Vital statistics of India. Vol. IV, Annual returns from 1871 to 1876. British Army of India, Native Army and jails of Bengal
Year: 1871
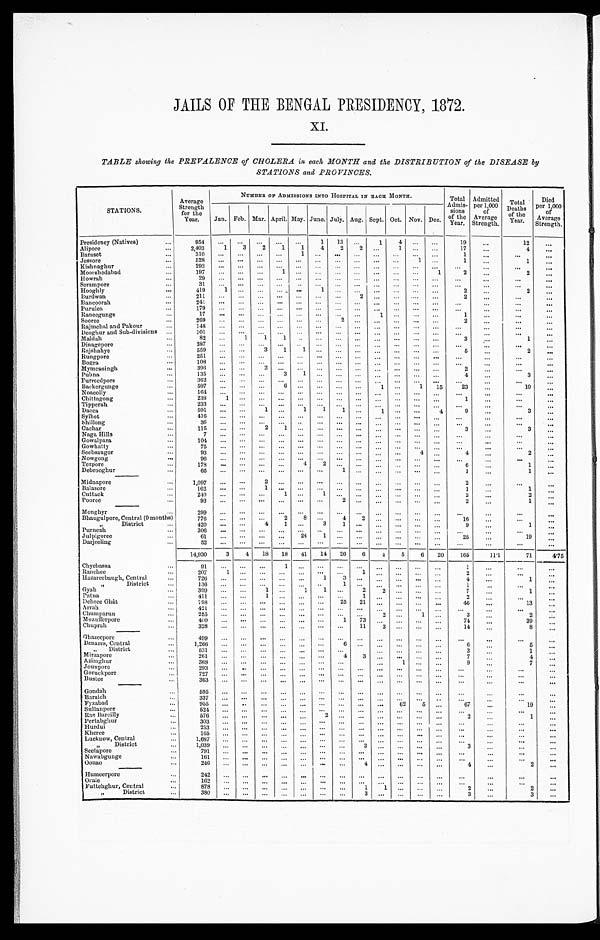
JAILS OF THE BENGAL PRESIDENCY, 1872.
XI.
TABLE showing the PREVALENCE of CHOLERA in each MONTH and the DISTRIBUTION of the DISEASE by
STATIONS and PROVINCES.
STATIONS.
Average
Strength
for the
Year.
NUMBER OF ADMISSIONS INTO HOSPITAL IN BACH MONTH.
Total
Admis-
sions
of the
Year.
Admitted
per 1,000
of
Average
Strength.
Total
Deaths
of the
Year.
Died
per 1,000
of
Average
Strength.
Jan. Feb. Mar. April. May. June. July. Aug. Sept. Oct. Nov. Dec.
Presidency (Natives) . . .
954
. . .
. . .
. . .
. . .
. . .
1 13
. . .
1
4
. . .
. . .
19
. . .
12
. . .
Alipore . . .
2,403
1
3
2
1
1
4
2
2 . . .
1 . . .
. . .
17
. . .
4
. . .
Baraset . . .
3 1 0
. . .
. . .
. . .
. . .
1
. . .
. . .
. . .
. . .
. . .
. . .
. . .
1
. . .
. . .
. . .
Jessore . . .
5 2 8
. . .
. . .
. . .
. . .
. . .
. . .
. . . . . .
. . .
. . .
1
. . .
1
. . .
1
. . .
Kishnaghur . . .
293
. . .
. . .
. . .
. . .
. . .
. . .
. . . . . .
. . .
. . .
. . .
. . .
. . .
. . .
. . .
. . .
Moorshedabad . . .
197
. . .
. . .
. . .
1
. . .
. . .
. . . . . .
. . .
. . .
. . .
1
2
. . .
2
. . .
Howrah . . .
29
. . .
. . .
. . .
. . .
. . .
. . .
. . . . . .
. . .
. . . . . .
. . .
. . .
. . .
. . .
. . .
Serampore . . .
3 1
. . .
. . .
. . .
. . . . . .
. . .
. . .
. . .
. . .
. . .
. . .
. . .
. . .
. . .
. . .
. . .
Hooghly . . .
419
1
. . .
. . .
. . .
. . .
1
. . . . . .
. . .
. . . . . .
. . .
2
. . .
2
. . .
Burdwan . . .
211
. . .. . .
. . .
. . .
. . .
. . .
. . . 2
. . .
. . . . . .
. . .
2
. . .
. . .
. . .
Bancoorah . . .
241
. . .. . .
. . .
. . .
. . .
. . .
. . . . . .
. . .
. . . . . .
. . .
. . .
. . .
. . .
. . .
Purulea . . .
1 7 9 . . .. . .
. . .
. . .
. . .
. . .
. . . . . .
. . .
. . . . . .
. . .
. . .
. . .
. . .
. . .
Raneegunge . . .
17
. . .. . .
. . .
. . .
. . .
. . .
. . .
. . .
1
. . . . . .
. . .
1
. . .
. . .
. . .
Sooree . . .
269
. . .. . .
. . .
. . .
. . .
. . .
2
. . .
. . .
. . .
. . .
. . .
2
. . .. . .
. . .
Rajmehal and Pakour . . .
1 4 8 . . .. . .
. . .
. . .
. . .
. . .
. . .. . .
. . .
. . . . . .
. . .
. . .
. . .
. . .
. . .
Deoghur and Sub-divisions . . .
101
. . .. . .
. . .
. . .
. . .
. . .
. . .. . .
. . .
. . . . . .
. . . . . .
. . .
. . .
. . .
M aldah . . .
82
. . .
1
1
1
. . .
. . . . . .
. . .
. . .
. . .
. . .
. . .
3
. . .
1
. . .
Dinagepore . . .
387
. . .
. . .
. . .
. . .
. . .
. . .
. . .
. . .
. . .
. . .
. . .
. . .
. . .
. . .
. . .
. . .
Rajshahye . . .
559
. . .
. . .
3
1
1
. . .
. . . . . .
. . .
. . . . . .
. . .
5
. . .
2
. . .
Rungpore . . .
251
. . .
. . .
. . .
. . .
. . .
. . .
. . . . . .
. . .
. . . . . .
. . .
. . .
. . .
. . .
. . .
B o gra . . .
108
. . .
. . .
. . .
. . .
. . .
. . .
. . . . . .
. . .
. . . . . .
. . .
. . .
. . .
. . .
. . .
Mymensingh . . .
396
. . .
. . .
2
. . .
. . .
. . .
. . . . . .
. . .
. . . . . .
. . .
2
. . .
. . .
. . .
Pubna . . .
135
. . .
. . .
. . .
3
1
. . .
. . . . . .
. . .
. . . . . .
. . .
4
. . .
3
. . .
Furreedpor . . .
362
. . .
. . .
. . .
. . .
. . .
. . .
. . . . . .
. . .
. . . . . .
. . .
. . .
. . .
. . .
. . .
Backergunge . . .
597
. . .
. . .
. . .
6
. . .
. . .
. . . . . .
1
. . .
1
15
23
. . .
10
. . .
Noacolly . . .
164
. . .
. . .
. . .
. . .
. . .
. . .
. . . . . .
. . .
. . .
. . .
. . .
. . .
. . .
. . .
. . .
Chittagong . . .
238
1
. . .
. . .
. . .
. . .
. . .
. . . . . .
. . .
. . .
. . .
. . .
1
. . .
. . .
. . .
Tipperah . . .
233
. . .
. . .
. . .
. . .
. . .
. . .
. . . . . .
. . .
. . .
. . .
. . .
. . .
. . .
. . .
. . .
Dacca . . .
591
. . .
. . .
1
. . .
1
1
1
. . . 1
. . .
. . .
4
9
. . .
3
. . .
Sylhet . . .
4 1 6
. . .
. . .
. . .
. . .
. . .
. . .
. . .. . .
. . .
. . .
. . .
. . .
. . .
. . .
. . .
. . .
Sh il long . . .
36
. . .
. . .
. . .
. . .
. . . . . .
. . .
. . .
. . .
. . .
. . .
. . .
. . .
. . .
. . .
. . .
C achar . . .
115
. . .
. . .
2
1
. . .
. . .
. . .
. . .
. . .
. . .
. . .
. . .
3
. . .
3
. . .
Naga Hills . . .
7
. . .
. . .
. . .
. . .
. . .
. . .
. . . . . .
. . .
. . . . . .
. . .
. . .
. . .
. . .
. . .
Gowalpara . . .
104
. . .
. . .
. . .
. . .
. . .
. . .
. . .
. . .
. . .
. . .
. . .
. . .
. . .
. . .
. . .
. . .
G owhatty . . .
75
. . .
. . .
. . .
. . .
. . .
. . .
. . . . . .
. . .
. . . . . .
. . .
. . .
. . .
. . .
. . .
Seebsaugor . . .
93
. . .
. . .
. . .
. . .
. . .
. . .
. . . . . .
. . .
. . .
4
. . .
4
. . .
2
. . .
Nowgong . . .
96
. . .
. . .
. . .
. . .
. . .
. . .
. . . . . .
. . .
. . .
. . .
. . .
. . .
. . .
. . .
. . .
Tezpore . . .
178
. . .
. . .
. . .
. . .
4
2
. . . . . .
. . .
. . .
. . .
. . .
6
. . .
1
. . .
Debrooghur . . .
65
. . .
. . .
. . .
. . .
. . .
. . .
1 . . .
. . .
. . . . . .
. . .
1
. . .
1
. . .
Midnapore . . .
1,097
. . .
. . .
2
. . .
. . .
. . .
. . . . . .
. . .
. . . . . .
. . .
2
. . .
. . .
. . .
Balasore . . .
162
. . .
. . .
1
. . .
. . .
. . .
. . . . . .
. . .
. . . . . .
. . .
1
. . .
1
. . .
Cuttack . . .
240
. . .
. . .
. . .
1
. . .
1
. . . . . .
. . .
. . . . . .
. . .
2
. . .
2
. . .
Pooree . . .
93
. . .
. . .
. . .
. . .
. . .
. . .
2 . . .
. . .
. . . . . .
. . .
2
. . .
1
. . .
Monghyr . . .
299
. . .
. . .
. . .
. . .
. . .
. . .
. . . . . .
. . .
. . . . . .
. . . . . .
. . .
. . .
. . .
Bhaugulpore, Central (9 months) 776
. . .
. . .
. . .
2
8
. . .
4 2
. . .
. . . . . .
. . .
16
. . .
. . .
. . .
" District . . .
4 2 0
. . .
. . .
4
1
. . .
3
1 . . .
. . .
. . . . . .
. . .
9
. . .
1
. . .
P urneah . . .
306
. . .
. . .
. . .
. . .
. . .
. . .
. . .. . .
. . .
. . . . . .
. . .
. . .
. . .
. . .
. . .
Julpigoree . . .
61
. . .
. . .
. . .
. . .
24
1
. . .
. . . . . .
. . .
. . .
. . .
25
. . .
19
. . .
Darjeeling . . .
52
. . .
. . .
. . .
. . .
. . .
. . .
. . .. . .
. . .
. . . . . .
. . .
. . .
. . .
. . .
. . .
14,930
3
4
18
18
41
14
26
6
4
5
6
20
165
11.1
71
4.75
Chyebassa . . .
9 1
. . .
. . .
. . .
1
. . .
. . .
. . .
. . .
. . .
. . .. . .
. . .
1
. . .
. . .
. . .
Ranchee . . .
207
1
. . .
. . .
. . .
. . .
. . .
. . .
1
. . .
. . .. . .
. . .
2
. . .
. . .
. . .
Hazareebaugh, Central . . .
7 2 6
. . .
. . .
. . .
. . .
. . .
1
3
. . .
. . .
. . .
. . .
. . .
4
. . .
1
. . .
" D i s t r i c t . . .
1 3 6
. . .
. . .
. . .
. . .
. . .
. . .
1 . . .
. . .
. . .
. . .
. . .
1
. . .
. . .
. . .
Gyah . . .
399
. . .
. . .
1
. . .
1
1
. . .
2 2
. . .
. . .
. . .
7
. . .
1
. . .
Patna . . .
411
. . .
. . .
1
. . .
. . .
. . .
. . .
1
. . .
. . .
. . .
. . .
2
. . .
. . .
. . .
Dehree Ghât . . .
7 9 8 . . .
. . .
. . .
. . .
. . .
. . . 25
21
. . .
. . .
. . .
. . .
46
. . .
13
. . .
Arrah
4 2 1 . . .
. . .
. . .
. . .
. . .
. . .
. . .. . .
. . .
. . .
. . .
. . .
. . .
. . .
. . .
. . .
Chumparun . . .
2 8 5 . . .
. . .
. . .
. . .
. . .
. . .
. . .. . .
2
. . .
1
. . .
3
. . .
2
. . .
Mozufferpore . . .
4 0 0 . . .
. . .
. . .
. . .
. . .
. . .
1 73
. . .
. . . . . .
. . .
74
. . .
39
. . .
Chuprah . . .
3 2 8 . . .
. . .
. . .
. . .
. . .
. . .
. . .
11
3
. . . . . .
. . . 14
. . .
8
. . .
Gh azeepore . . .
499
. . .
. . .
. . .
. . .
. . .
. . .
. . .. . .
. . .
. . .
. . .
. . .
. . .
. . .
. . . . . .
Benqres, Central . . .
1,266
. . .
. . .
. . .
. . .
. . .
. . .
6
. . .
. . .
. . .
. . .
. . .
6
. . .
5
. . .
" District . . . 531
. . .
. . .
. . .
. . .
. . .
. . .
. . .
. . .
. . .
. . .
. . .
3
. . .
1
. . .
Mirzapore . . .
261
. . .
. . .
. . .
. . .
. . .
. . .
4
3 . . .
. . .
. . .
. . .
7
. . .
4
. . .
Azimghur . . .
368
. . .
. . .
. . .
. . .
. . .
. . .
. . .
. . .
1
. . .
. . .
9
. . .
7
. . .
Jounpore . . .
293
. . .
. . .
. . .
. . .
. . .
. . .
. . .
. . .. . .
. . .
. . .
. . .
. . .
. . .
. . .
. . .
G oruckpore . . .
727
. . .
. . .
. . .
. . .
. . .
. . .
. . .
. . .. . .
. . .
. . .
. . .
. . .
. . . . . .
. . .
Bustee . . .
363
. . .
. . .
. . .
. . .
. . .
. . .
. . .
. . .
. . .
. . .
. . .
. . . . . .
. . . . . .
. . .
Gondah . . .
595
. . .
. . .
. . .
. . .
. . .
. . .
. . .
. . .
. . .
. . .
. . .
. . .
. . .
. . .
. . .
. . .
Baraich . . .
337
. . .
. . .
. . .
. . .
. . .
. . .
. . .
. . .
. . .
. . .
. . .
. . .
. . .
. . .
. . .
. . .
Fyzabad . . .
955
. . .
. . .
. . .
. . .
. . .
. . .
. . .
. . .
. . .
62
5
. . .
67
. . .
19
. . .
Sultanpore . . .
5 2 4
. . .
. . .
. . .
. . .
. . .
. . .
. . .. . .
. . .
. . .. . .
. . .
. . .
. . .
. . .
. . .
R ae Bareilly . . .
5 7 6
. . .
. . .
. . .
. . .
. . .
2
. . .
. . .
. . .
. . .
. . .
. . .
2
. . .
1
. . .
Pertabghur . . .
303
. . .
. . .
. . .
. . .
. . .
. . .
. . .
. . .
. . .
. . .
. . .
. . .
. . .
. . .
. . .
. . .
Hurdui . . .
253
. . .
. . .
. . .
. . .
. . .
. . .
. . .
. . .
. . .
. . .
. . .
. . .
. . .
. . .
. . .
. . .
Kheree . . .
1 6 5
. . .
. . .
. . .
. . .
. . .
. . .
. . .
. . .
. . .
. . .
. . .
. . .
. . .
. . .
. . .
. . .
L ucknow, Central . . .
1 , 6 8 7
. . .
. . .
. . .
. . .
. . .
. . .
. . .
. . .
. . .
. . .
. . .
. . . . . .
. . .
. . .
. . .
" D i s t r i c t . . .
1,039
. . .
. . .
. . .
. . .
. . .
. . .
. . .
3
. . .
. . .
. . .
. . .
3
. . .
. . .
. . .
Seetapore . . .
791
. . .
. . .
. . .
. . .
. . .
. . .
. . .
. . .
. . .
. . .
. . .
. . .
. . .
. . .
. . .
. . .
N awabgunge . . .
161
. . .
. . .
. . .
. . .
. . .
. . .
. . .
. . .
. . .
. . .
. . .
. . .
. . .
. . .
. . .
. . .
Oonao . . .
246
. . .
. . .
. . .
. . .
. . .
. . .
. . . 4
. . .
. . . . . .
. . .
4
. . .
2
. . .
Humeerpore . . .
242
. . .
. . .
. . .
. . .
. . .
. . .
. . .. . .
. . .
. . . . . .
. . .
. . .
. . .
. . .
. . .
Oraie . . .
162
. . .
. . .
. . .
. . .
. . .
. . .
. . .
. . . . . .
. . . . . .
. . . . . .
. . . . . .
. . .
Futtehghur, Central . . .
878
. . .
. . .
. . .
. . .
. . .
. . .
. . .
1
1
. . .
. . .
. . .
2
. . .
2
. . .
" District
. . .
380
. . .
. . .
. . .
. . .
. . .
. . .
. . .3
. . .
. . .
. . .
. . .
3
. . .
3
. . .